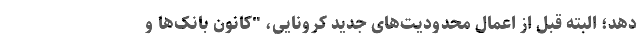
دهد؛ البته قبل از اعمال محدودیت‌های جدید کرونایی، "کانون بانک‌ها و